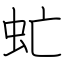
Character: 虻